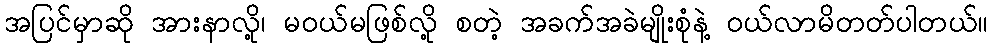
အပြင်မှာဆို အားနာလို့၊ မဝယ်မဖြစ်လို့ စတဲ့ အခက်အခဲမျိုးစုံနဲ့ ဝယ်လာမိတတ်ပါတယ်။